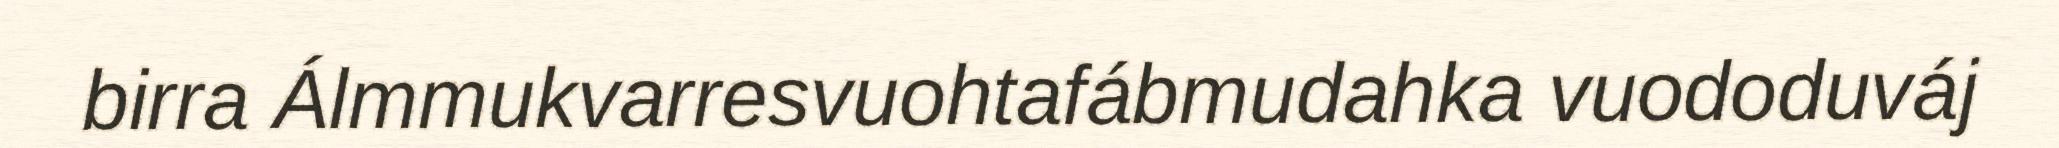
birra Álmmukvarresvuohtafábmudahka vuododuváj